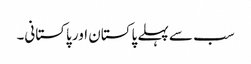
سب سے پہلے پاکستان اور پاکستانی۔